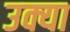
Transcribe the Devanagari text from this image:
उक्या